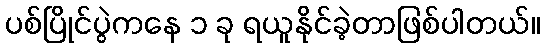
ပစ်ပြိုင်ပွဲကနေ ၁ ခု ရယူနိုင်ခဲ့တာဖြစ်ပါတယ်။